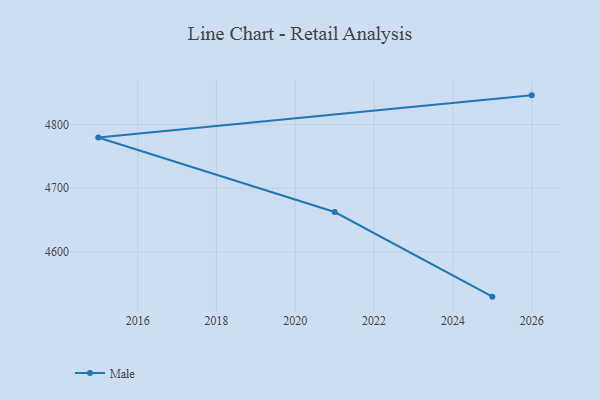
{"axis": {"x": "Year", "y": "Headcount"}, "legend": ["Male"], "data": [{"x": "2026", "y": 4846.0, "type": "Male"}, {"x": "2015", "y": 4779.6, "type": "Male"}, {"x": "2021", "y": 4662.5, "type": "Male"}, {"x": "2025", "y": 4529.4, "type": "Male"}]}